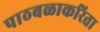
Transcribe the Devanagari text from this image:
पाठबळाकरिता